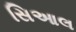
સિઆલ